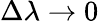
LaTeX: \Delta\lambda\rightarrow 0